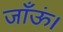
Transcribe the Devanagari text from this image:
जाँऊं।